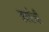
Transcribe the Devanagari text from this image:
काशेची